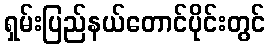
ရှမ်းပြည်နယ်တောင်ပိုင်းတွင်